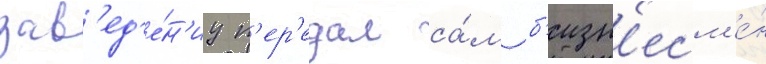
зав'ед'е́н'иу п'ер'едал са́м б'изн'есм'е́н